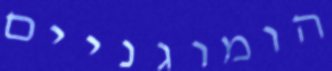
הומוגניים